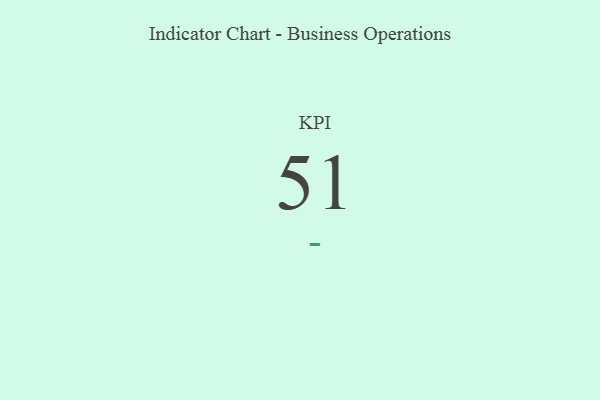
{"axis": {"x": "KPI", "y": "Value"}, "legend": [""], "data": [{"x": "KPI", "y": 51, "type": ""}]}